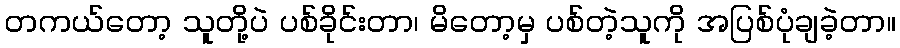
တကယ်တော့ သူတို့ပဲ ပစ်ခိုင်းတာ၊ မိတော့မှ ပစ်တဲ့သူကို အပြစ်ပုံချခဲ့တာ။